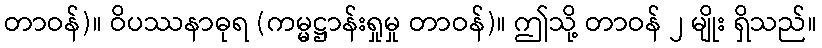
တာဝန်)။ ဝိပဿနာဓုရ (ကမ္မဋ္ဌာန်းရှုမှု တာဝန်)။ ဤသို့ တာဝန် ၂ မျိုး ရှိသည်။